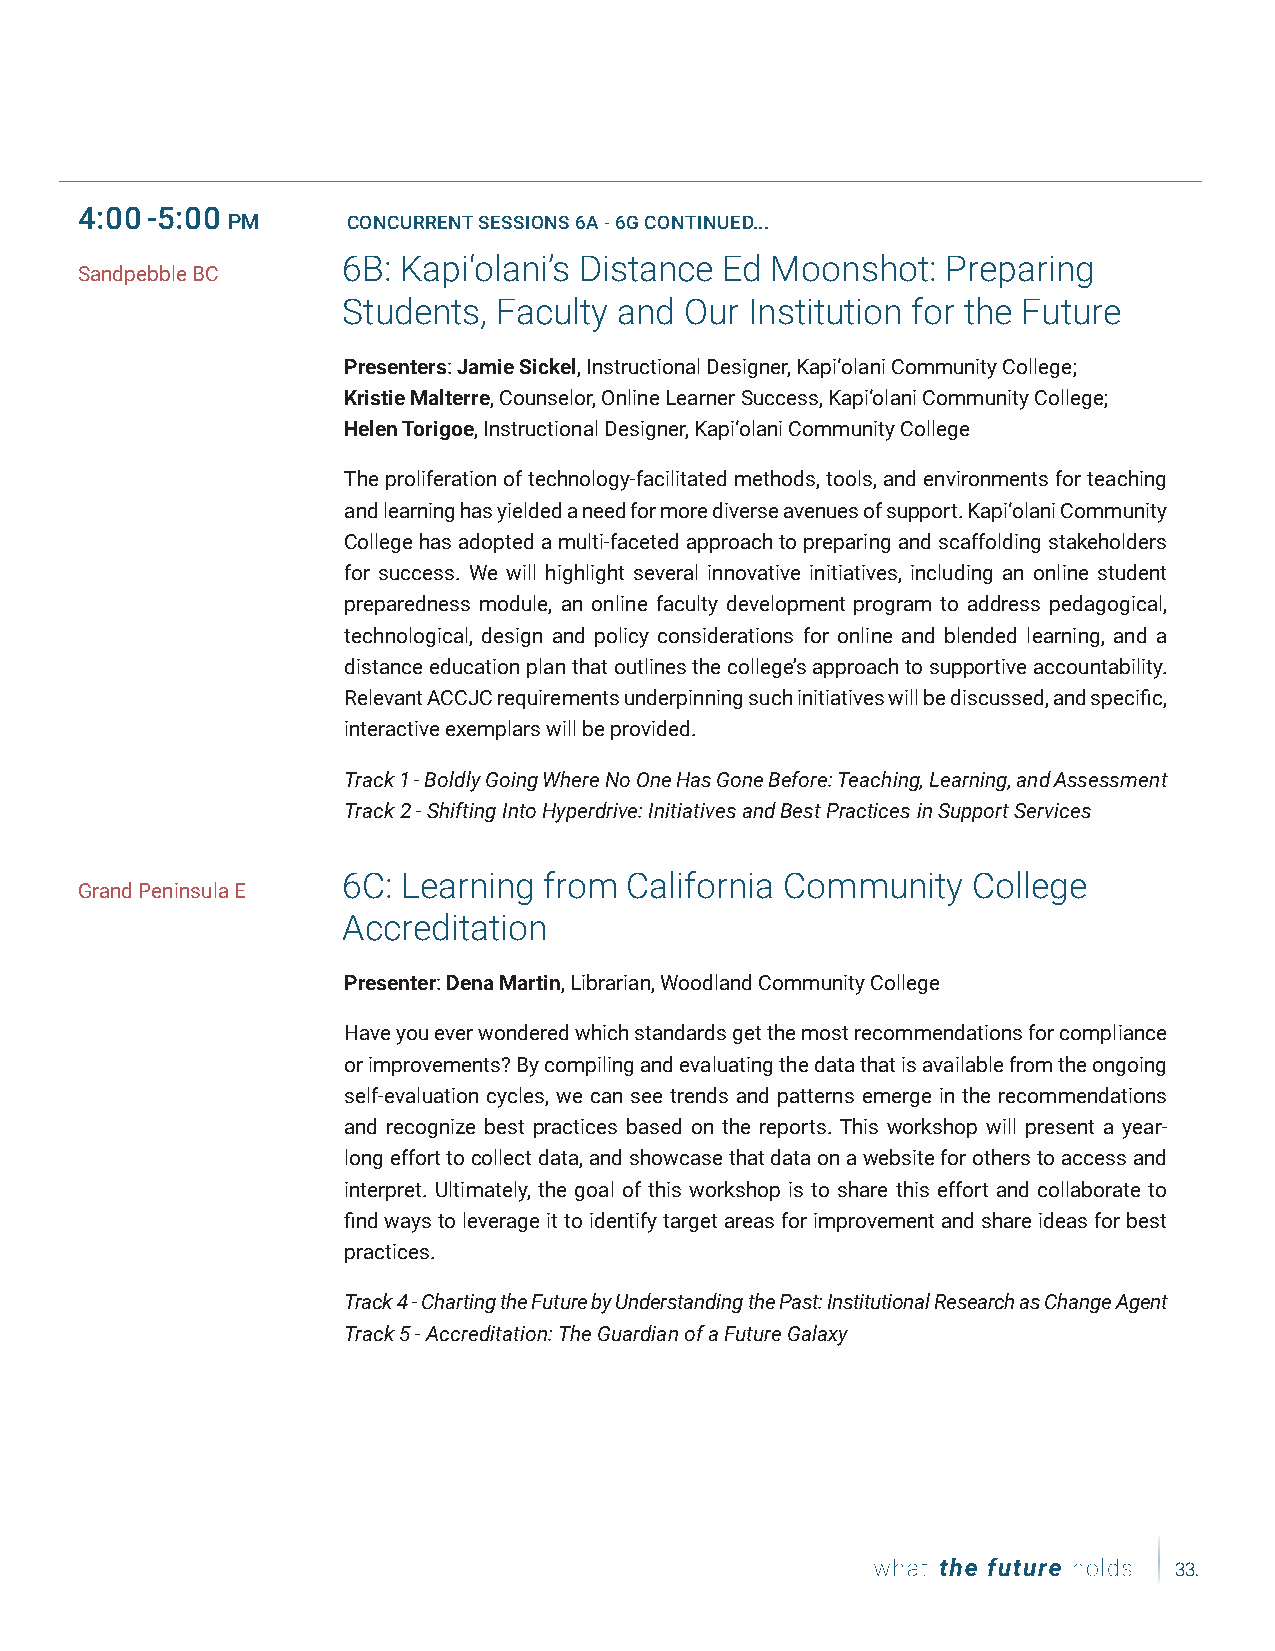
Date,   Date,  Date
 4:00-5:00
 PM      CONCURRENT SESSIONS 6A - 6G CONTINUED...
 6B: Kapi‘olani’s Distance Ed Moonshot:  Preparing
 Sandpebble BC
 Students, Faculty and Our  Institution for the Future
 Presenters: Jamie Sickel, Instructional Designer, Kapi‘olani Community College;
 Kristie Malterre, Counselor, Online Learner Success, Kapi‘olani Community College;
 Helen Torigoe, Instructional Designer, Kapi‘olani Community College
 The proliferation of technology-facilitated methods, tools, and environments for teaching
 and learning has yielded a need for more diverse avenues of support. Kapi‘olani Community
 College has adopted a multi-faceted approach to preparing and scaffolding stakeholders
 for success. We will highlight several innovative initiatives, including an online student
 preparedness module, an online faculty development program to address pedagogical,
 technological, design and policy considerations for online and blended learning, and a
 distance education plan that outlines the college’s approach to supportive accountability.
 Relevant ACCJC requirements underpinning such initiatives will be discussed, and specific,
 interactive exemplars will be provided.
 Track 1 - Boldly Going Where No One Has Gone Before: Teaching, Learning, and Assessment
 Track 2 - Shifting Into Hyperdrive: Initiatives and Best Practices in Support Services
 6C: Learning from  California Community  College
 Grand Peninsula E
 Accreditation
 Presenter: Dena Martin, Librarian, Woodland Community College
 Have you ever wondered which standards get the most recommendations for compliance
 or improvements? By compiling and evaluating the data that is available from the ongoing
 self-evaluation cycles, we can see trends and patterns emerge in the recommendations
 and recognize best practices based on the reports. This workshop will present a year-
 long effort to collect data, and showcase that data on a website for others to access and
 interpret. Ultimately, the goal of this workshop is to share this effort and collaborate to
 find ways to leverage it to identify target areas for improvement and share ideas for best
 practices.
 Track 4 - Charting the Future by Understanding the Past: Institutional Research as Change Agent
 Track 5 - Accreditation: The Guardian of a Future Galaxy
 33.